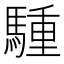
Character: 𫘐